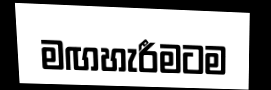
මඟහැරීමටම